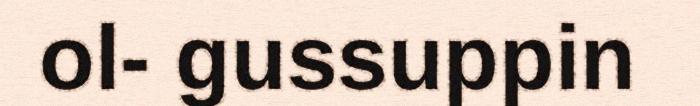
ol- gussuppin